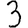
Digit: 3